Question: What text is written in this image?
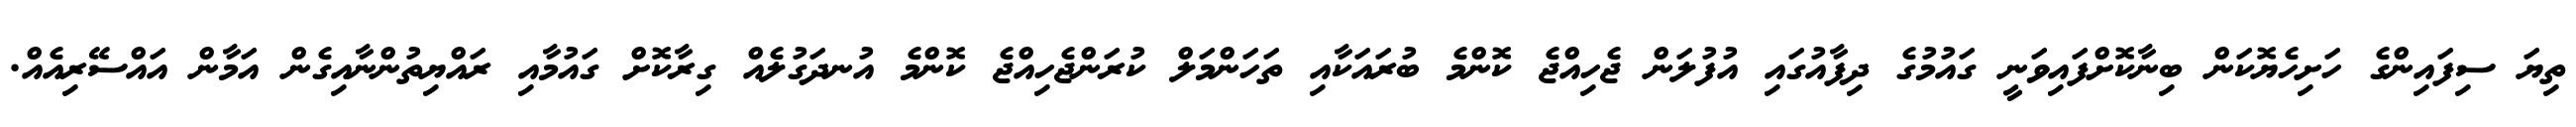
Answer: ތިޔަ ސިފައިންގެ ހަށިހެޔޮކަން ބިނާކޮށްފައިވަނީ ގައުމުގެ ދިފާއުގައި އުފުލަން ޖެހިއްޖެ ކޮންމެ ބުރައަކާއި ތަހަންމަލް ކުރަންޖެހިއްޖެ ކޮންމެ އުނދަގުލެއް ގިރާކޮށް ގައުމާއި ރައްޔިތުންނާއިގެން އަމާން އައްސޭރިއެއް.